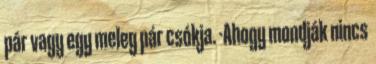
pár vagy egy meleg pár csókja. -Ahogy mondják nincs